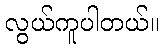
လွယ်ကူပါတယ်။